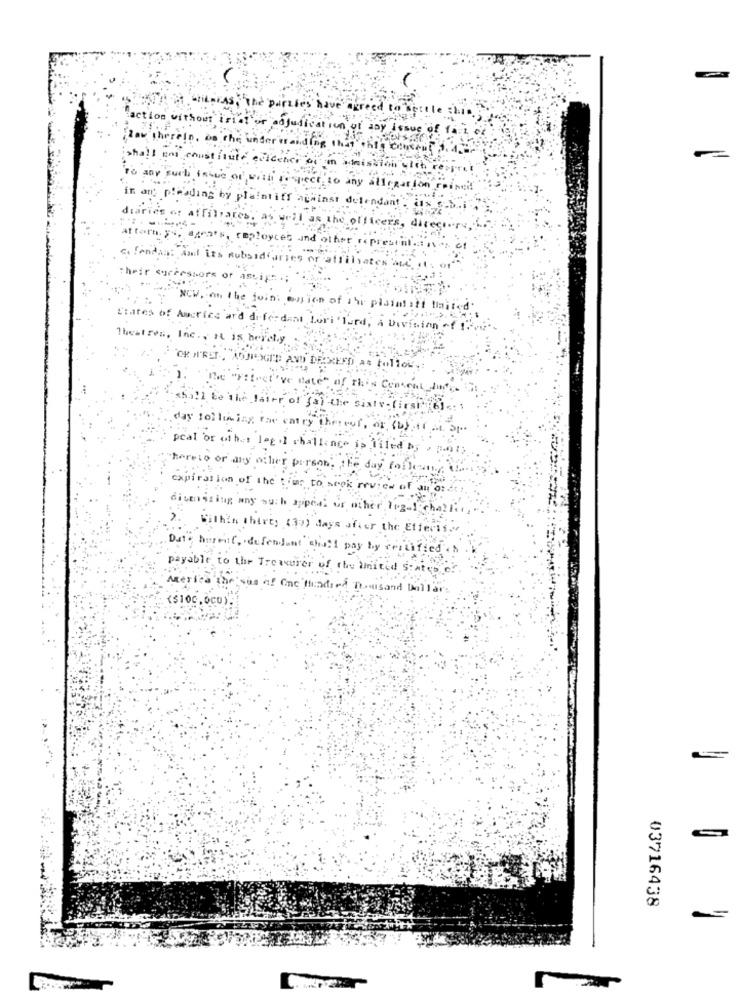
AS, The parties have agreed to settle
action without trial or adjudication of any issue of fari of
low therein, be the understanding that this cenecul 3.
shall ens constitute eviceher of
o any allegar ton Foinei!
in art pleading by plaintiff against defendant - ins
diaries or affiliates, as well as the officers, direct.
attorn. y4, agents, ceployces and other represtml ... .
Co Findas: And its subsidiaries of affiliates me
their successors of asvir
NCW, 6
e joint Ousion of ihr plainlitt tiaited.
States of America ard di fer dant Lori 'lurd, A Division +f 1".
Theatres, Inc ., IL
"OR IN'RET, ADUROGTE AND DEIXESD as tollou .:
Me"Filet've date" of The
shall be the faire of fai the sixty- first 6);
day following fac catry thereof, or, (b),if AL. ap ..
peal or wihas Iego challenge is filed by
hereto or any other person, the day forlemn ., da-
expiration of the time to seek review of an ords
divenssing any such appel or other leg-1 challr.
2. Within shirts (39) days after the Effects ..
Dat . hurenit, defendant shall pay by reiulfs
payable to the Treasurer of the United states of.
Merica the sus of One Mendied Thousand Dollars
($100,000).
03716438